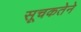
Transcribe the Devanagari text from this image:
सूचकतेने